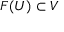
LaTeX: F ( U ) \subset V